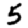
Digit: 5